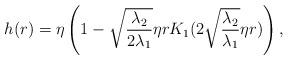
LaTeX: \begin{align*}h(r)=\eta \left( 1 -\sqrt{\frac{\lambda_2}{2\lambda_1}} \eta r K_1 (2\sqrt{\frac{\lambda_2}{\lambda_1}} \eta r) \right) ,\end{align*}